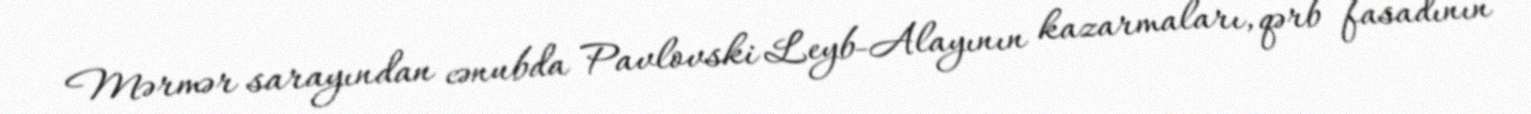
Mərmər sarayından cənubda Pavlovski Leyb-Alayının kazarmaları, qərb fasadının